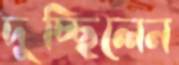
দুচ্ছিলেন